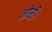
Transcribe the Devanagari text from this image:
जोरी।